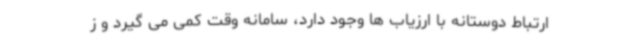
ارتباط دوستانه با ارزیاب ها وجود دارد، سامانه وقت کمی می گیرد و ز